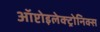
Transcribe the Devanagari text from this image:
ऑप्टोइलेक्ट्रोनिक्स